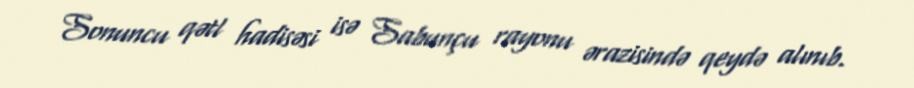
Sonuncu qətl hadisəsi isə Sabunçu rayonu ərazisində qeydə alınıb.